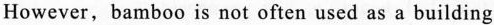
However,bamboo is not often used as a building